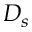
D _ { s }